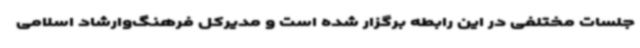
جلسات مختلفی در این رابطه برگزار شده است و مدیرکل فرهنگ‌وارشاد اسلامی